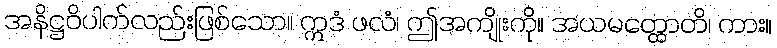
အနိဋ္ဌဝိပါက်လည်းဖြစ်သော။ ဣဒံ ဖလံ၊ ဤအကျိုးကို။ အယမတ္ထောတိ၊ ကား။